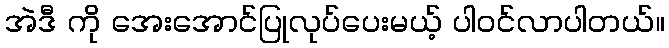
အဲဒီ ကို အေးအောင်ပြုလုပ်ပေးမယ့် ပါဝင်လာပါတယ်။